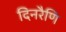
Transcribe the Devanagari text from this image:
दिनरैणि